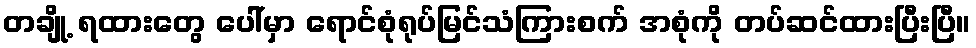
တချို့ ရထားတွေ ပေါ်မှာ ရောင်စုံရုပ်မြင်သံကြားစက် အစုံကို တပ်ဆင်ထားပြီးပြီ။